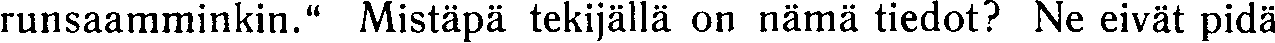
runsaamminkin.'' Mistäpä tekijällä on nämä tiedot? Ne eivät pidä